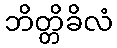
ဘိတ္တိခိလံ